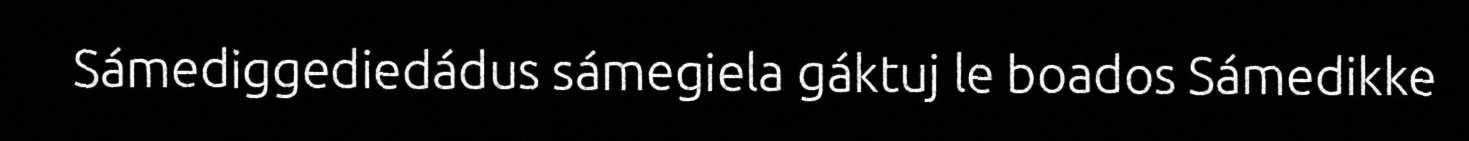
Sámediggediedádus sámegiela gáktuj le boados Sámedikke